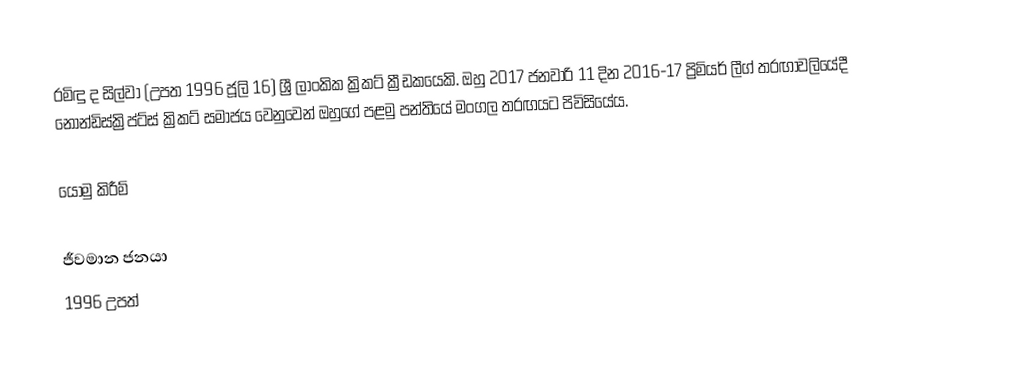
රමිඳු ද සිල්වා (උපත 1996 ජූලි 16) ශ්‍රී ලාංකික ක්‍රිකට් ක්‍රීඩකයෙකි. ඔහු 2017 ජනවාරි 11 දින 2016-17 ප්‍රිමියර් ලීග් තරඟාවලියේදී නොන්ඩිස්ක්‍රිප්ට්ස් ක්‍රිකට් සමාජය වෙනුවෙන් ඔහුගේ පළමු පන්තියේ මංගල තරඟයට පිවිසියේය.

යොමු කිරීම්

ජීවමාන ජනයා
1996 උපත්